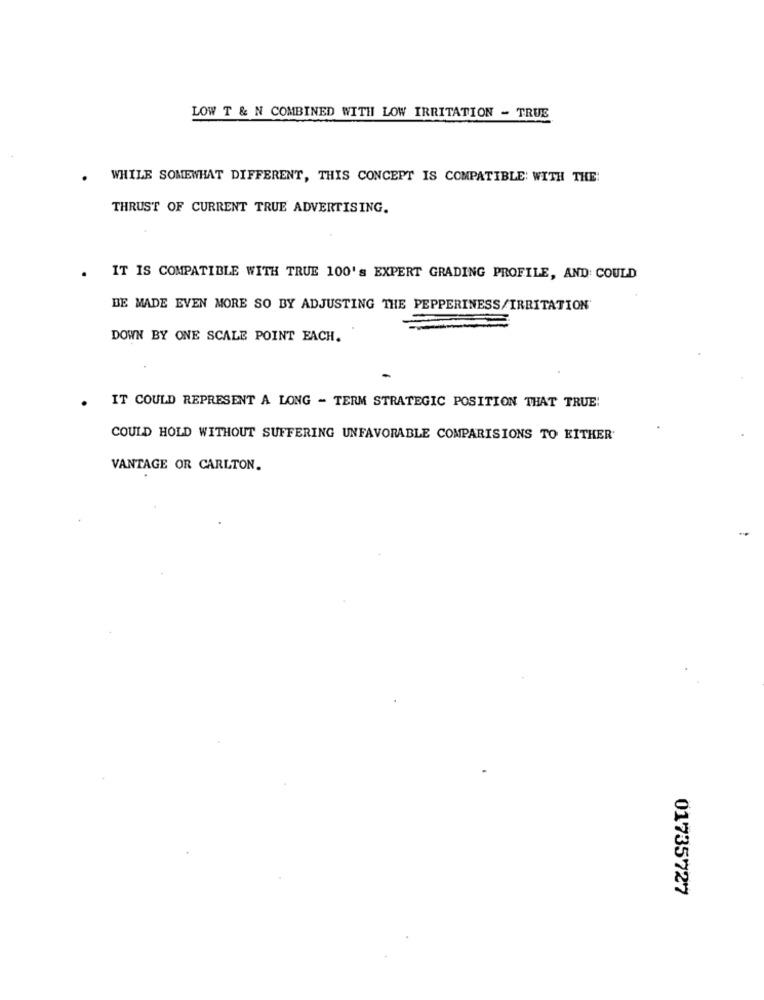
LOW T & N COMBINED WITH LOW IRRITATION - TRUE
WHILE SOMEWHAT DIFFERENT, THIS CONCEPT IS COMPATIBLE WITH THE:
THRUST OF CURRENT TRUE ADVERTISING.
IT IS COMPATIBLE WITH TRUE 100's EXPERT GRADING PROFILE, AND COULD
BE MADE EVEN MORE SO BY ADJUSTING THE PEPPERINESS/IRRITATION
DOWN BY ONE SCALE POINT EACH.
IT COULD REPRESENT A LONG - TERM STRATEGIC POSITION THAT TRUE!
COULD HOLD WITHOUT SUFFERING UNFAVORABLE COMPARISIONS TO EITHER
VANTAGE OR CARLTON.
01735727